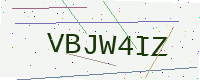
Text: VBJW4IZ